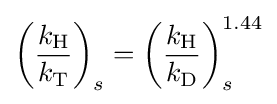
\left({\frac {k_{{\ce {H}}}}{k_{{\ce {T}}}}}\right)_{s}=\left({\frac {k_{{\ce {H}}}}{k_{{\ce {D}}}}}\right)_{s}^{1.44}